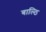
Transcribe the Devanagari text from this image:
बाल्ठि